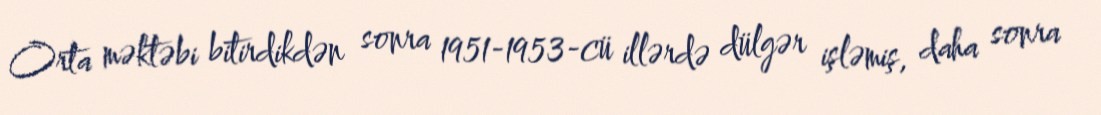
Orta məktəbi bitirdikdən sonra 1951-1953-cü illərdə dülgər işləmiş, daha sonra